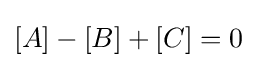
[A]-[B]+[C]=0